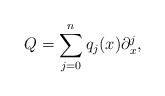
\begin{align*} Q=\sum\limits_{j=0}^{n}q_{j}(x)\partial^j_x,\end{align*}